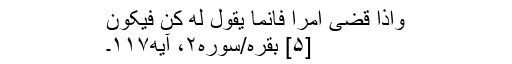
وَاِذَا قَضَی اَمْراً فَاِنَّمَا یَقُولُ لَهُ کُن فَیَکُونُ
[۵] بقره/سوره۲، آیه۱۱۷۔